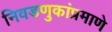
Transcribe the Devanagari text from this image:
निवडणुकांप्रमाणे